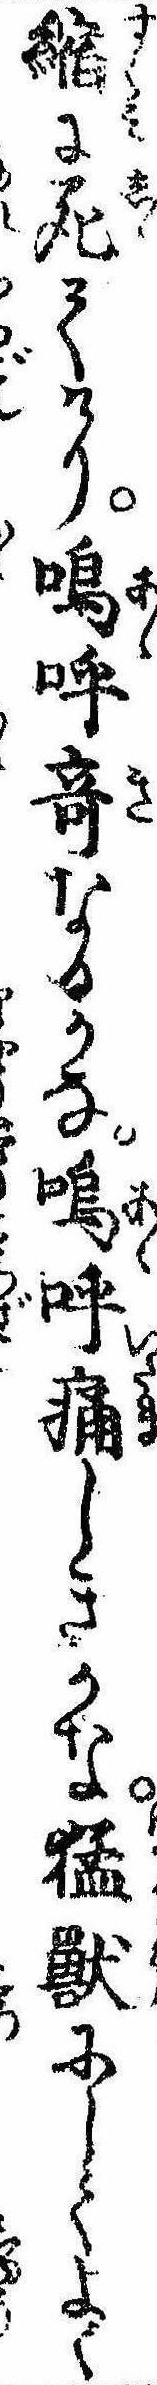
縮に死てけり嗚呼奇なるかな嗚呼痛しきかな猛獣にしてよく